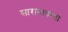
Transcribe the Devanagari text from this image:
सारावाकचा